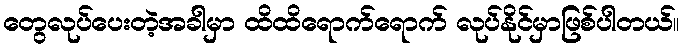
တွေလုပ်ပေးတဲ့အခါမှာ ထိထိရောက်ရောက် လုပ်နိုင်မှာဖြစ်ပါတယ်။